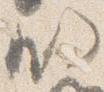
明